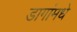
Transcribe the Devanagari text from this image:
डागांमधे